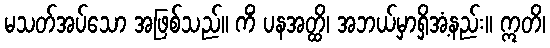
မသတ်အပ်သော အဖြစ်သည်။ ကိံ ပနအတ္ထိ၊ အဘယ်မှာရှိအံ့နည်း။ ဣတိ၊